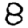
Digit: 8